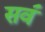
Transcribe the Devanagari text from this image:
सव॔